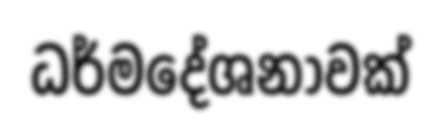
ධර්මදේශනාවක්